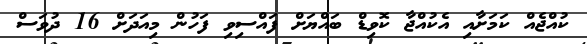
ކުއްޖެއް ކަމަށާއި އެކުއްޖާ ކޮވިޑް ބައްޔަށް ފައްސިވި ފަހުން މިއަދަށް 16 ދުވަސް